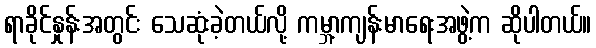
ရာခိုင်နှုန်းအတွင်း သေဆုံးခဲ့တယ်လို့ ကမ္ဘာ့ကျန်းမာရေးအဖွဲ့က ဆိုပါတယ်။